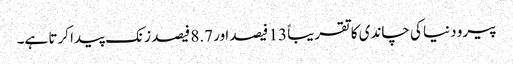
پیرو دنیا کی چاندی کا تقریباً 13 فیصد ا ور 8.7 فیصد زنک پیدا کرتا ہے۔